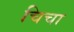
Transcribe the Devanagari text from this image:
चिचा